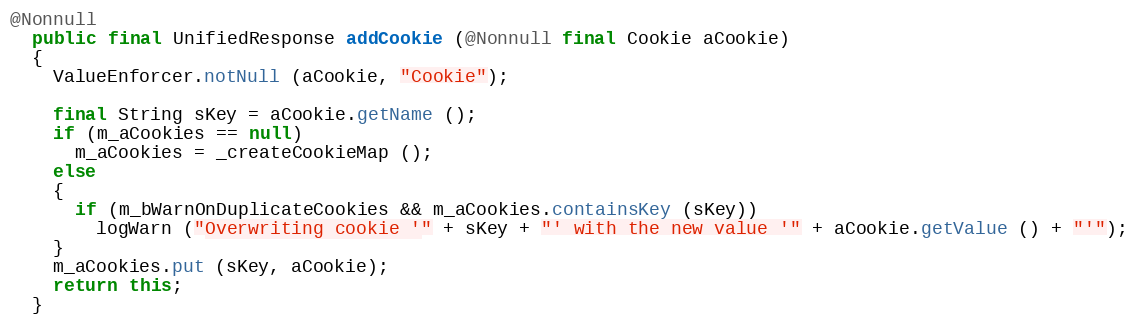
Language: Java
@Nonnull
  public final UnifiedResponse addCookie (@Nonnull final Cookie aCookie)
  {
    ValueEnforcer.notNull (aCookie, "Cookie");

    final String sKey = aCookie.getName ();
    if (m_aCookies == null)
      m_aCookies = _createCookieMap ();
    else
    {
      if (m_bWarnOnDuplicateCookies && m_aCookies.containsKey (sKey))
        logWarn ("Overwriting cookie '" + sKey + "' with the new value '" + aCookie.getValue () + "'");
    }
    m_aCookies.put (sKey, aCookie);
    return this;
  }